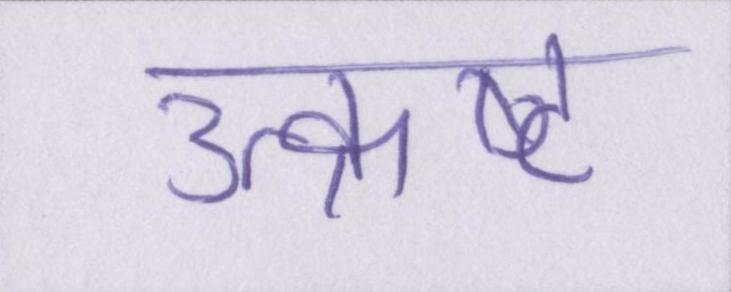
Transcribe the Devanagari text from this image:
उत्क्रष्ट